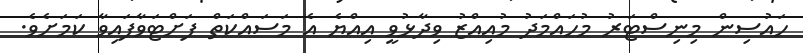
ހައުސިން މިނިސްޓަރު މުހައްމަދު މުއިއްޒު ވިދާޅުވީ އިއްޔެ އެ މަސައްކަތް ފަށްޓަވާފައިވާ ކަމަށެވެ.